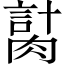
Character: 𦞍